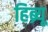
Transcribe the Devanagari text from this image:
हिब्र्यू